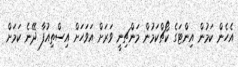
އެހެން ކަމުން އިންޓަގެ ކޯޗްކަމުން މަންޗިނީ ވަރަށް އަވަހަށް އިސްތިއުފާ ދޭނެ ކަމަށް